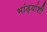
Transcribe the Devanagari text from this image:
भांड्यांशी